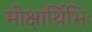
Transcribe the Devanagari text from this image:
मोक्षार्थिभिः